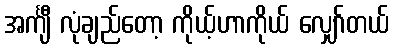
အင်္ကျီ လုံချည်တော့ ကိုယ့်ဟာကိုယ် လျှော်တယ်